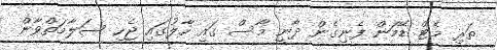
ތަރި މެޓް ޑޭމަން ފެނިގެން ދާނީ މާސް ގައި ހާލުގައި ޖެހި ސަލާމަތްވާން